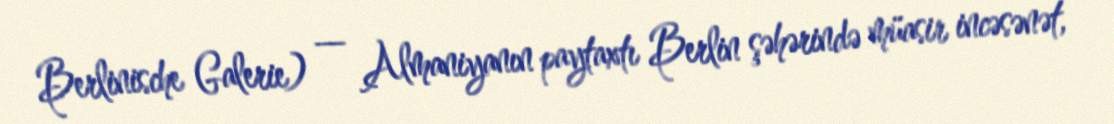
Berlinische Galerie) — Almaniyanın paytaxtı Berlin şəhərində müasir incəsənət,